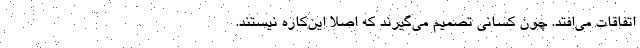
اتفاقات می‌افتد. چون کسانی تصمیم می‌گیرند که اصلا این‌کاره نیستند.